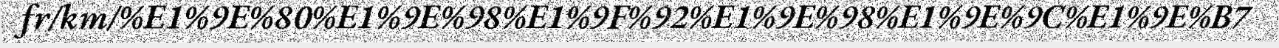
fr/km/%E1%9E%80%E1%9E%98%E1%9F%92%E1%9E%98%E1%9E%9C%E1%9E%B7